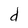
Character: d